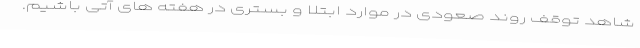
شاهد توقف روند صعودی در موارد ابتلا و بستری در هفته های آتی باشیم.